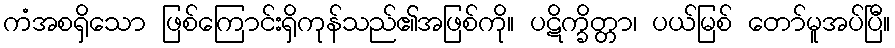
ကံအစရှိသော ဖြစ်ကြောင်းရှိကုန်သည်၏အဖြစ်ကို။ ပဋိက္ခိတ္တာ၊ ပယ်မြစ် တော်မူအပ်ပြီ။